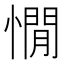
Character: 憪